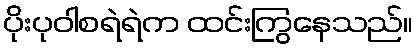
ပိုးပုဝါစရဲရဲက ထင်းကြွနေသည်။